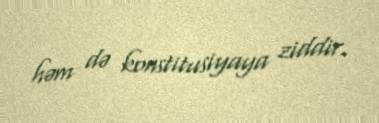
həm də konstitusiyaya ziddir.